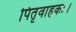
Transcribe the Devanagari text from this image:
पितृवाहकः।